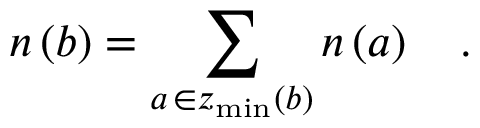
n \left( b \right) = \sum _ { a \, \in z _ { \operatorname * { m i n } } \left( b \right) } n \left( a \right) \quad .